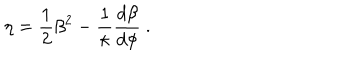
\eta = { \frac { 1 } { 2 } } \beta ^ { 2 } - \frac { 1 } { \kappa } { \frac { d \beta } { d \phi } } ~ .